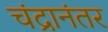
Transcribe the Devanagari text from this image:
चंद्रानंतर